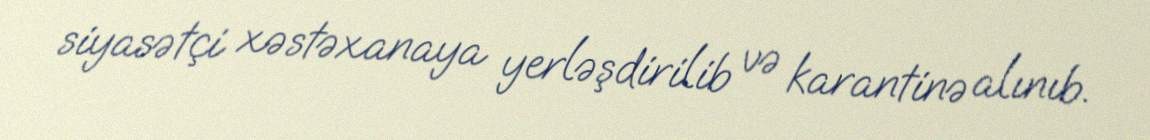
siyasətçi xəstəxanaya yerləşdirilib və karantinə alınıb.